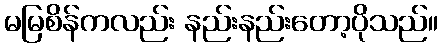
မမြစိန်ကလည်း နည်းနည်းတော့ပိုသည်။